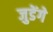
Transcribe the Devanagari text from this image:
जुडेंगे